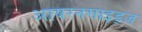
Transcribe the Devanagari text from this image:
आयरनसाइड्ज़